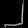
Digit: ၂